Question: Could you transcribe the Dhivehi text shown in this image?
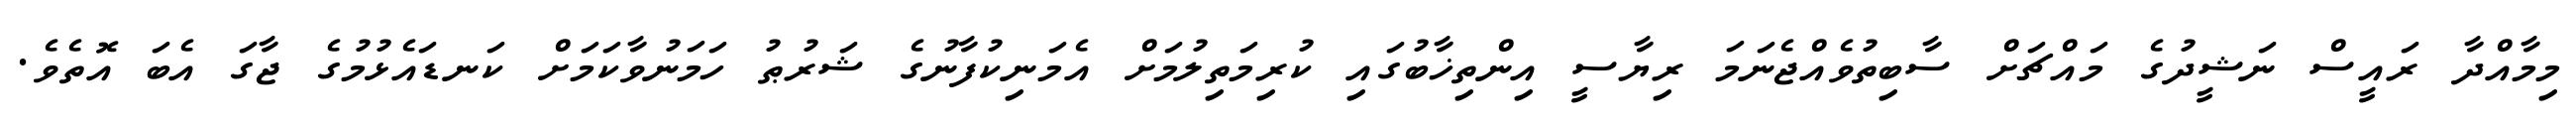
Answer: މިމާއްދާ ރައީސް ނަޝީދުގެ މައްޗަށް ސާބިތުވެއްޖެނަމަ ރިޔާސީ އިންތިޚާބުގައި ކުރިމަތިލުމަށް އެމަނިކުފާނުގެ ޝަރުޠު ހަމަނުވާކަމަށް ކަނޑައެޅުމުގެ ޖާގަ އެބަ އޮތެވެ.